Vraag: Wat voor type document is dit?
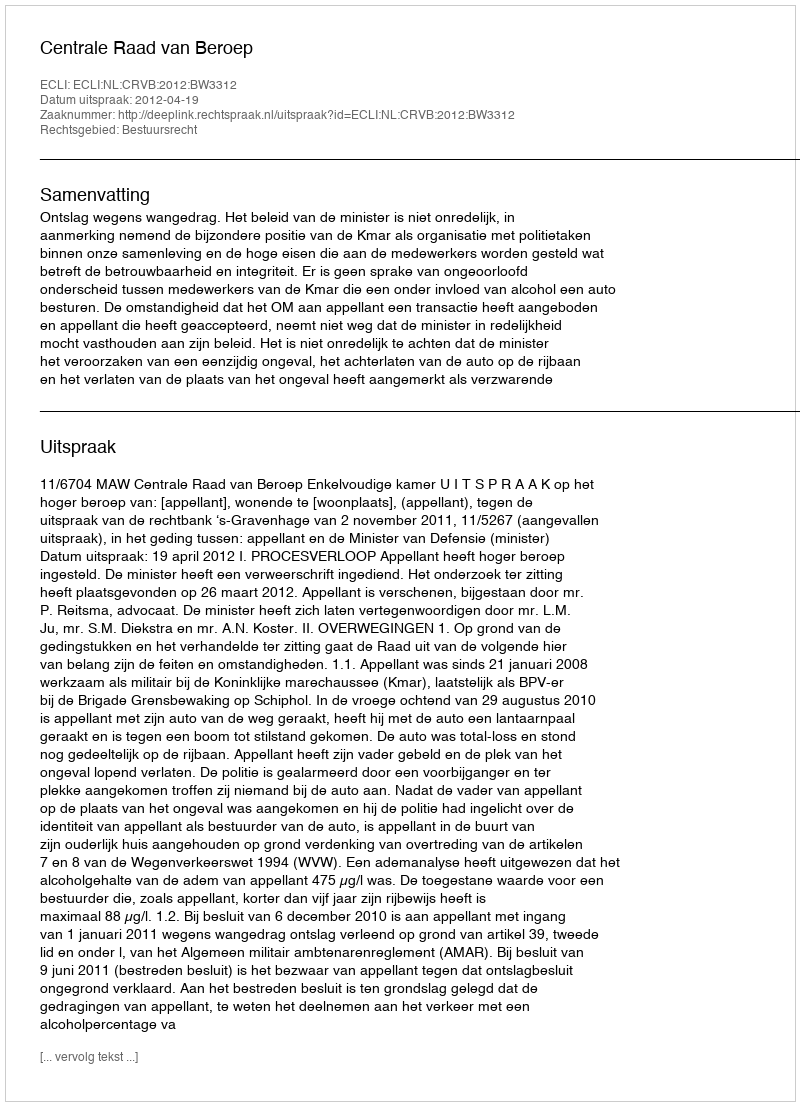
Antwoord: Uitspraak